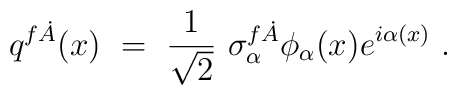
q^{f\dot A}(x)\ =\ \frac1{\sqrt2}\ \sigma^{f\dot A}_\alpha\phi_\alpha(x) e^{i\alpha(x)}\ .